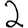
Digit: 2